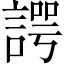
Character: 諤